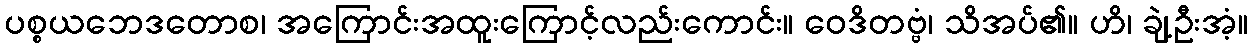
ပစ္စယဘေဒတောစ၊ အကြောင်းအထူးကြောင့်လည်းကောင်း။ ဝေဒိတဗ္ဗံ၊ သိအပ်၏။ ဟိ၊ ချဲ့ဦးအံ့။